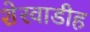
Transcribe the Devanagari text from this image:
शेरवाडीह